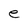
Character: e